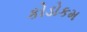
કોડોકમ